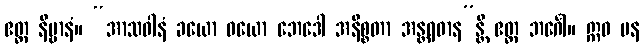
ဧတ္ထ နိဗ္ဗာနံ။ “အာသဝါနံ ခယော ဝယော ဘေဒေါ အနိစ္စတာ အန္တရဓာန”န္တိ ဧတ္ထ ဘင်္ဂေါ။ ဣဓ ပန